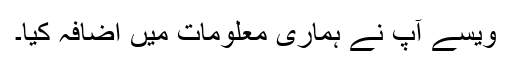
ویسے آپ نے ہماری معلومات میں اضافہ کیا۔